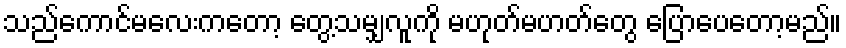
သည်ကောင်မလေးကတော့ တွေ့သမျှလူကို မဟုတ်မဟတ်တွေ ပြောပေတော့မည်။